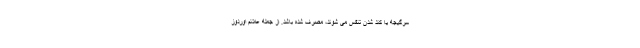
سرگیجه یا کند شدن تنفس می شوند، مصرف شده باشد. از جمله علائم اوردوز